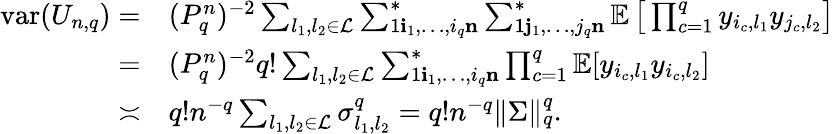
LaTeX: \begin{array}{rl}{{\mathrm{var}}(U_{n,q})=}&{(P_{q}^{n})^{-2}\sum_{l_{1},l_{2}\in\mathcal{L}}\sum_{1\le i_{1},\ldots,i_{q}\le n}^{*}\sum_{1\le j_{1},\ldots,j_{q}\le n}^{*}\mathbb{E}\left[\, \prod_{c=1}^{q}y_{i_{c},l_{1}}y_{j_{c},l_{2}}\right]}\\ {=}&{(P_{q}^{n})^{-2}q!\sum_{l_{1},l_{2}\in\mathcal{L}}\sum_{1\le i_{1},\ldots,i_{q}\le n}^{*}\prod_{c=1}^{q}\mathbb{E}[y_{i_{c},l_{1}}y_{i_{c},l_{2}}]}\\ {\asymp}&{q!n^{-q}\sum_{l_{1},l_{2}\in\mathcal{L}}\sigma_{l_{1},l_{2}}^{q}=q!n^{-q}\| \Sigma\| _{q}^{q}.}\end{array}